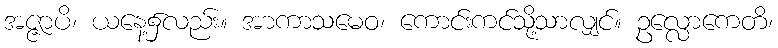
အဇ္ဇာပိ၊ ယနေ့၌လည်း။ အာကာသမေဝ၊ ကောင်းကင်သို့သာလျှင်။ ဥလ္လောကေတိ၊